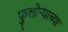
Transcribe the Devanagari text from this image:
फुलोर्‍याच्या